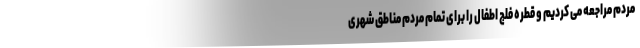
مردم مراجعه می کردیم و قطره فلج اطفال را برای تمام مردم مناطق شهری